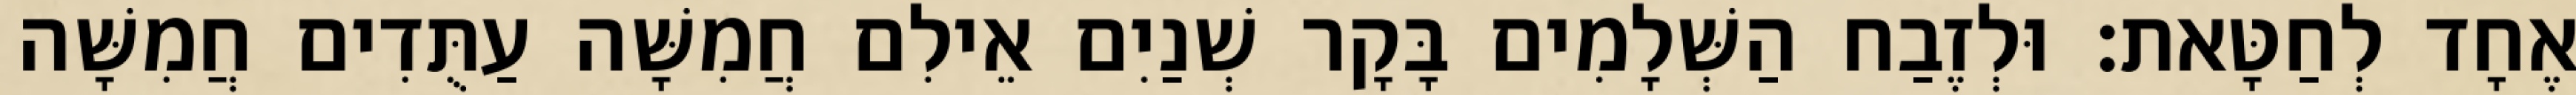
אֶחָד לְחַטָּאת׃ וּלְזֶבַח הַשְּׁלָמִים בָּקָר שְׁנַיִם אֵילִם חֲמִשָּׁה עַתֻּדִים חֲמִשָּׁה